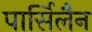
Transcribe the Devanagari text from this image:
पार्सिलैन